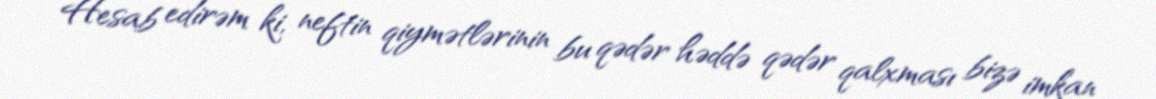
Hesab edirəm ki, neftin qiymətlərinin bu qədər həddə qədər qalxması bizə imkan